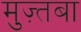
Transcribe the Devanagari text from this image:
मुज़्तबा